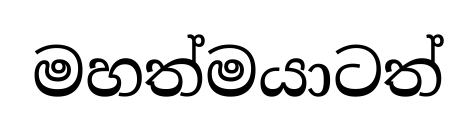
මහත්මයාටත්